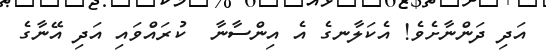
އަދި ދަންނާށެވެ! އެކަލާނގެ އެ އިންސާނާ  ކުރައްވައި އަދި އޭނާގެ